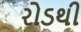
રોડથી